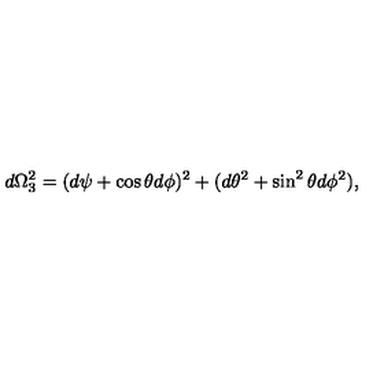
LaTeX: d \Omega _ { 3 } ^ { 2 } = ( d \psi + \cos \theta d \phi ) ^ { 2 } + ( d \theta ^ { 2 } + \sin ^ { 2 } \theta d \phi ^ { 2 } ) ,